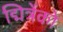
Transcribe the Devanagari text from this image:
द्मित्रेंको